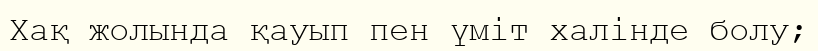
Хақ жолында қауып пен үміт халінде болу;